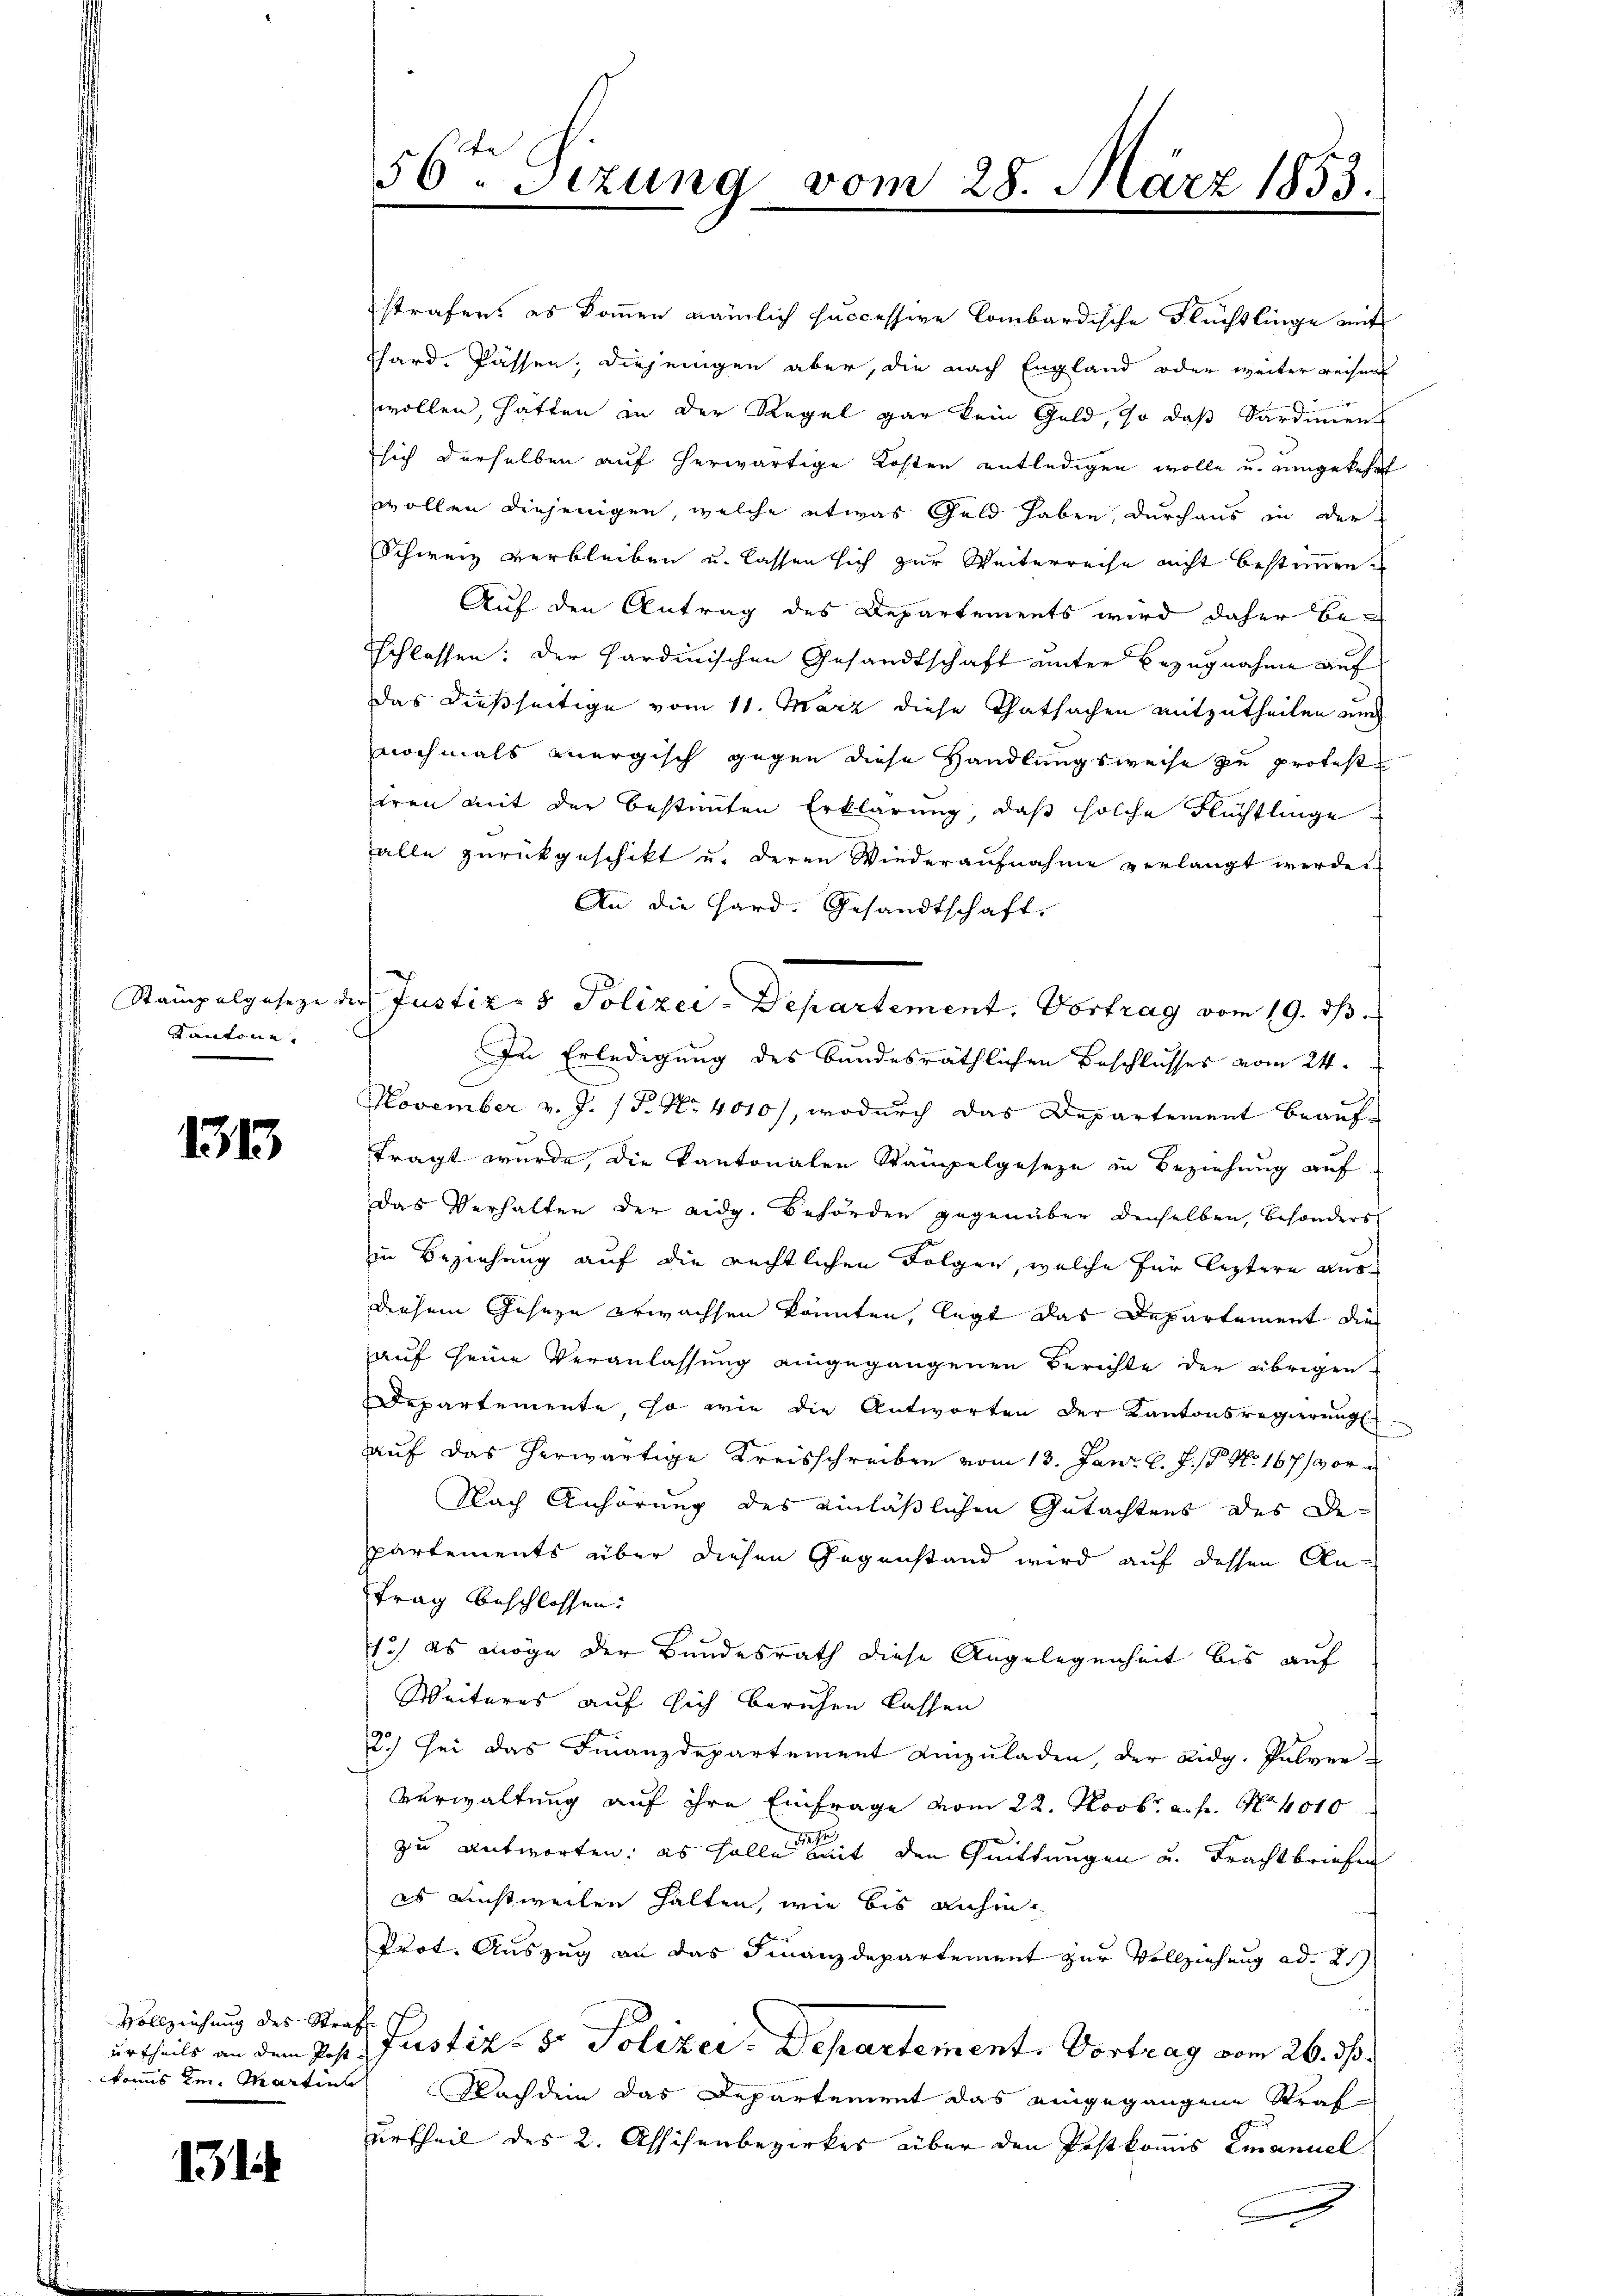
Kantone

1315

Vollziehung des Straf
kanns im Martins

15

strafen, es kommen nämlich successive Combardische Flüchtlinge mit
Thard. Fassen, diejenigen aber, die nach England oder weiter reisen
wollen, hatten in der Regel gar kein Geld, so daß Sardinien
sich derselben auf herwärtige Kosten entledigen wolle u. umgekehrt
wollen diejenigen, welche etwas Geld haben, durchaus in der
Schweiz verbleiben u. lassen sich zur Weiterreise nicht bestimmen.

Auf den Antrag des Departements wird daher be¬
Eschlossen: Der Sardinischen Gesandtschaft unter Bezugnahme auf
das dießseitige vom 11. März diese Thatsachen mitzutheilen und
nochmals anergisch gegen diese Handlungsweise zu protest
iren mit der bestimmten Erklärung, daß solche Flüchtlinge
alle zurückgeschikt u. deren Wiederaufnahme verlangt werde.
An die Hard. Gesandtschaft.
Stampelgeseze der Justiz- & Polizei-Departement, Vortrag vom 19. dβ
In Erledigung des bundesräthlichen Beschlusses vom 24.
November v. J. P. Nr. 4010), wodurch das Departement beauftragt wurde, die Kantonalen Stampelgeseze in Beziehung auf
Das Verhalten der eidg. Behörden gegenüber denselben, besonders
in Beziehung auf die rechtlichen Folgen, welche für leztere ausdiesem Geseze erwachsen könnten, legt das Departement die
auf seine Veranlassung eingegangenen Berichte der übrigen
Departemente, so wie die Antworten der Kantonsregierung
auf das herwärtige Kreisschreiben vom 13. Jani l. J. 18. No. 167/ vor
Nach Anhörung des einläßlichen Gutachtens des De-
partements über diesen Gegenstand wird auf dessen Antrag beschlossen:
1.) es möge der Bundesrath diese Angelegenheit bis auf
Weiteres auf sich beruhen lassen
2.) Sei das Finanzdepartement einzŭladen, der Eidg. Palver-
Verwaltung auf ihre Einfrage vom 22. Novbr. a. f. No 4010
zu antworten: es solle mit den Quittungen u. Frachtbriefen
es einstweilen halten, wie bis anhin
Prot. Auszug an das Finanzdepartement zur Vollziehung ad 2.
urtheils an dem Joh. Justiz- & Polizei- Departement. Vortrag vom 26. ds.
Nachdem das Departement das eingegangene Straf
urtheil des 2. Absichenbezirkes über den Postkomis Emanuel

56ten Sizung vom 28. März 1853.